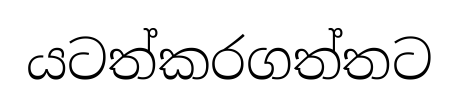
යටත්කරගත්තට